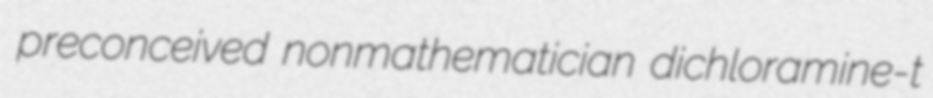
preconceived nonmathematician dichloramine-t